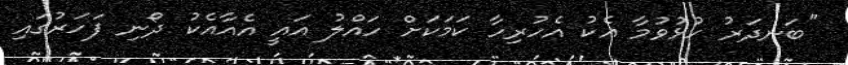
"ބަނދަރު ހުޅުވުމާ އެކު އެހުރިހާ ކަމަކަށް ހައްލު އައީ އެއާއެކު ދޯނި ފަހަރުގައި